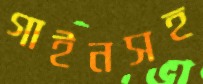
গাইনসহ